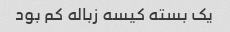
یک بسته کیسه زباله کم بود